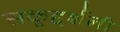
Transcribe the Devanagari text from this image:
सकृद्दर्शनी